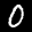
Label: 0